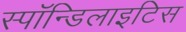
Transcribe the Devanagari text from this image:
स्पॉन्डिलाइटिस